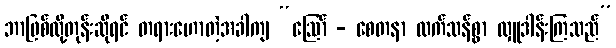
ဘာဖြစ်လို့တုန်းဆိုရင် တရားဟောတဲ့အခါကျ “ဩော် - စေတနာ ထက်သန်စွာ လှူဒါန်းကြသည်”